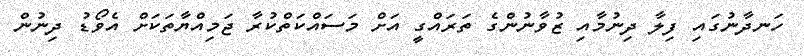
ހަނދާނުގައި ފިލާ ދިނުމާއި ޒުވާނުންގެ ތަރައްގީ އަށް މަސައްކަތްކުރާ ޖަމިއްޔާތަކަށް އެވޯޑު ދިނުން